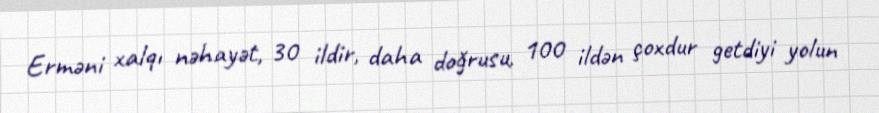
Erməni xalqı nəhayət, 30 ildir, daha doğrusu, 100 ildən çoxdur getdiyi yolun